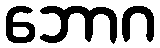
ဘောဂ